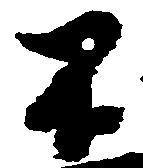
不